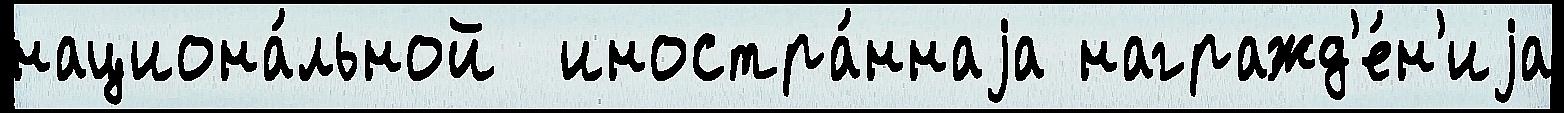
национа́льной  иностра́ннаjа награжд'е́н'иjа